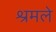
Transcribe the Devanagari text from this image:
श्रमले